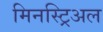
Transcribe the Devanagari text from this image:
मिनस्ट्रिअल